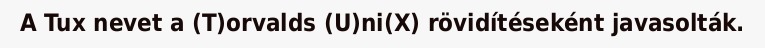
A Tux nevet a (T)orvalds (U)ni(X) rövidítéseként javasolták.